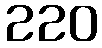
220